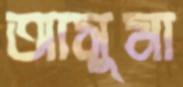
আসুমা